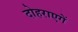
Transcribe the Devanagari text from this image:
दोहराएगें